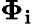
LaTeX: \boldsymbol{\Phi}_{\mathbf{i}}